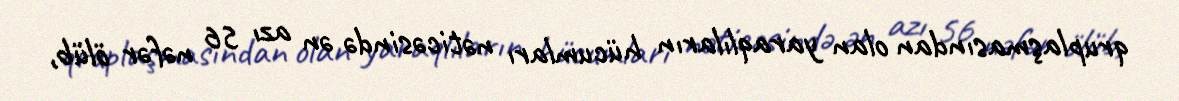
qruplaşmasından olan yaraqlıların hücumları nəticəsində ən azı 56 nəfər ölüb,